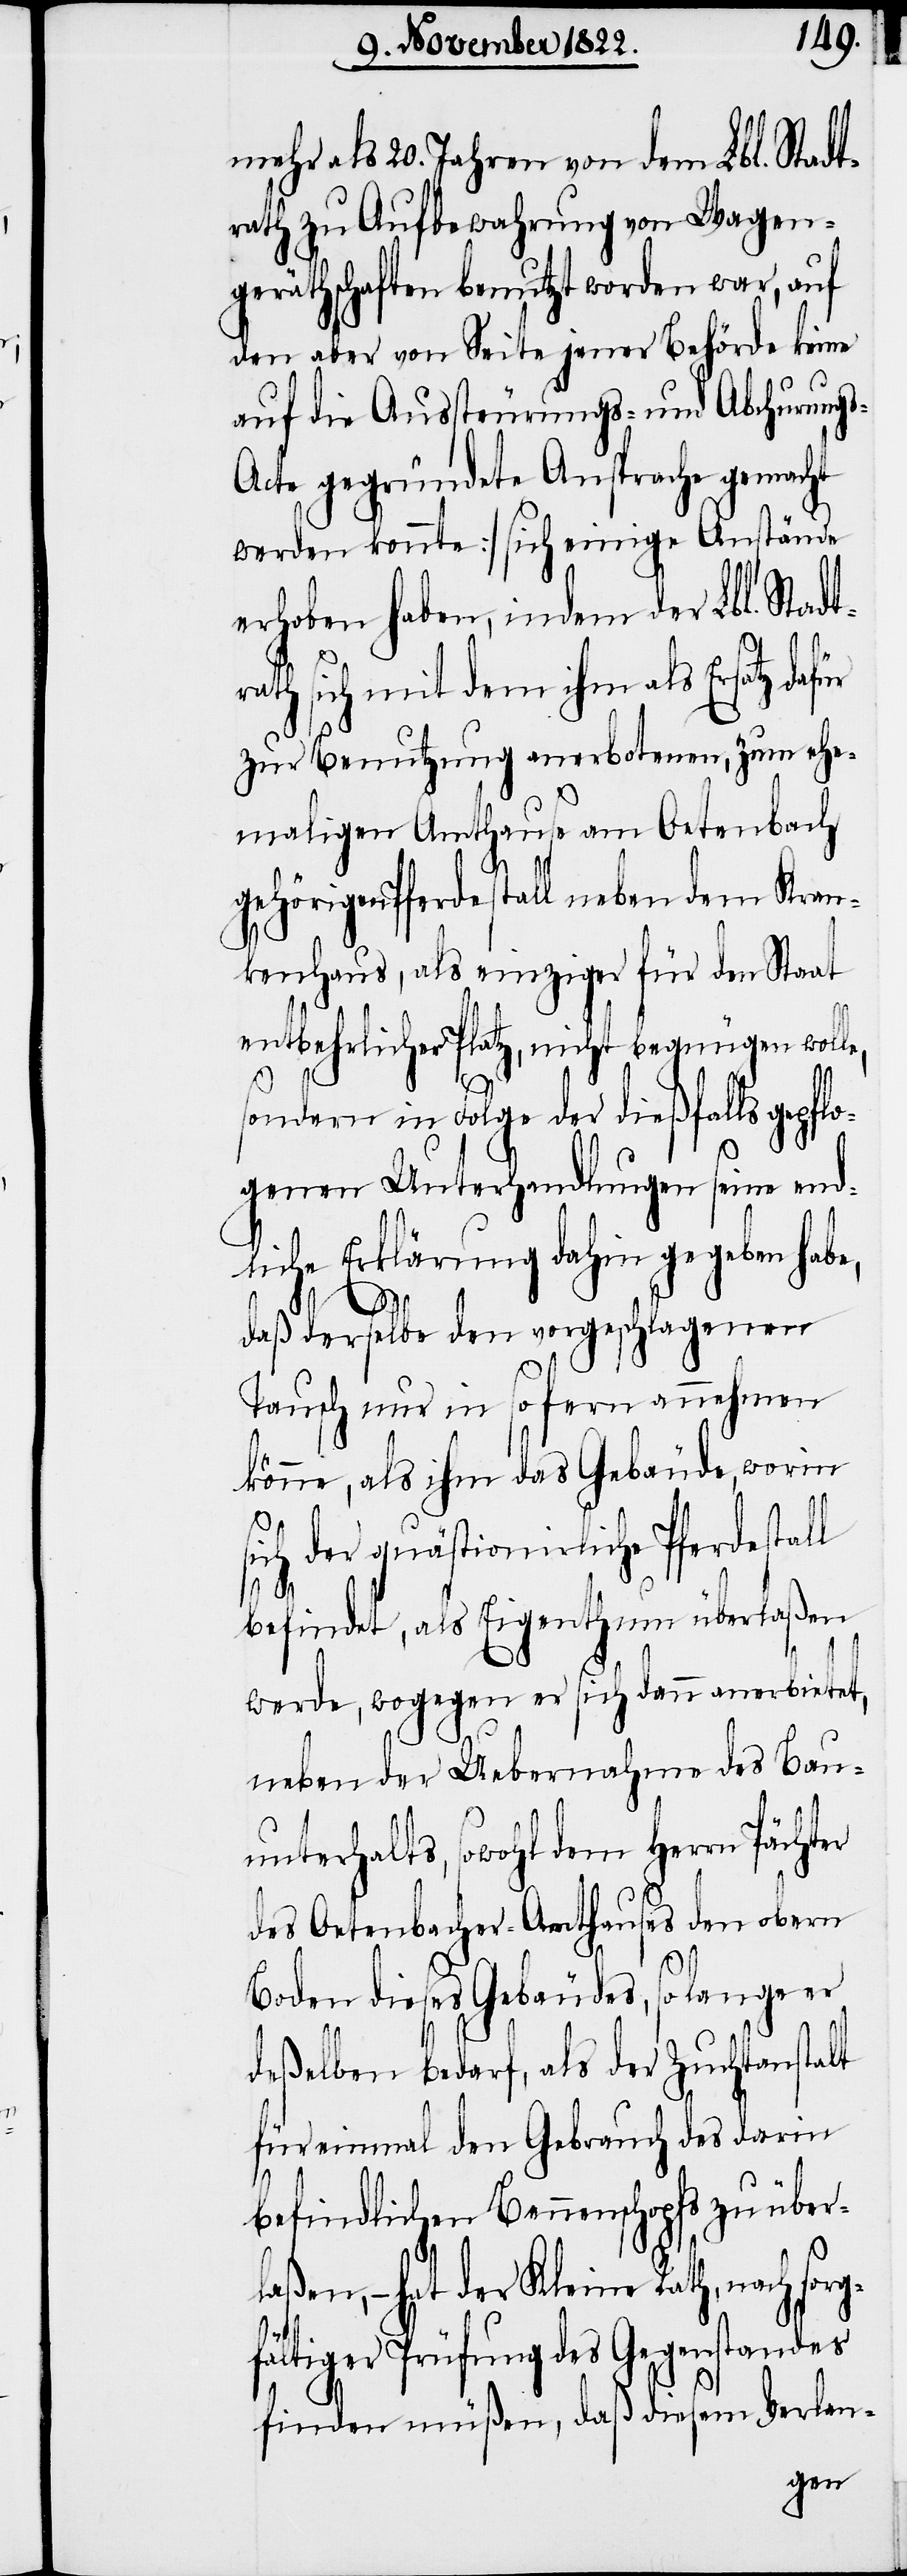
rg¬
mehr als 20. Jahren von dem Lbl. Stadt¬
rath zu Aufbewahrung von Wagen¬
geräthschaften benutzt worden war, auf
den aber von Seite jener Behörde keine
auf die Aussteuerungs- und Abchurung¬
cte gegründete Ansprache gemacht
werden konnte] sich einige Anstände
erhoben haben, indem der Lbl. Stadt¬
rath sich mit dem ihm als Ersatz dafür
zur Benutzung anerbotenen, zum ehe¬
maligen Amthause am Oetenbach
gehörigen Pferdestall neben dem Kran¬
kenhaus, als einziger für den Staat
entbehrlicher Platz, nicht begnügen woll¬
er
sondern in Folge der dießfalls gepfl¬
ogenen Unterhandlungen seine end¬
liche Erklärung dahin gegeben habe,
daß derselbe den vorgeschlagenen
Tausch nur in so fern annehmen
könne, als ihm das Gebäude, worin
sich der quästionirliche Pferdestall
befindet, als Eigenthum überlaßen
werde, wogegen er sich dann anerbietet,
neben der Uebernahme des Bau¬
unterhalts, sowohl dem Herrn Pächt¬
des Oetenbacher-Amthauses den obern
Boden dieses Gebäudes, so lange er
deßelben bedarf, als der Zuchtanstalt
für einmal den Gebrauch des darin
befindlichen Bennenschopfs zu überl¬
aßen, – hat der Kleine Rath, nach so¬
fältiger Prüfung des Gegenstandes
finden müßen, daß diesem Verlan-